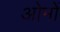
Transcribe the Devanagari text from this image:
ओमों